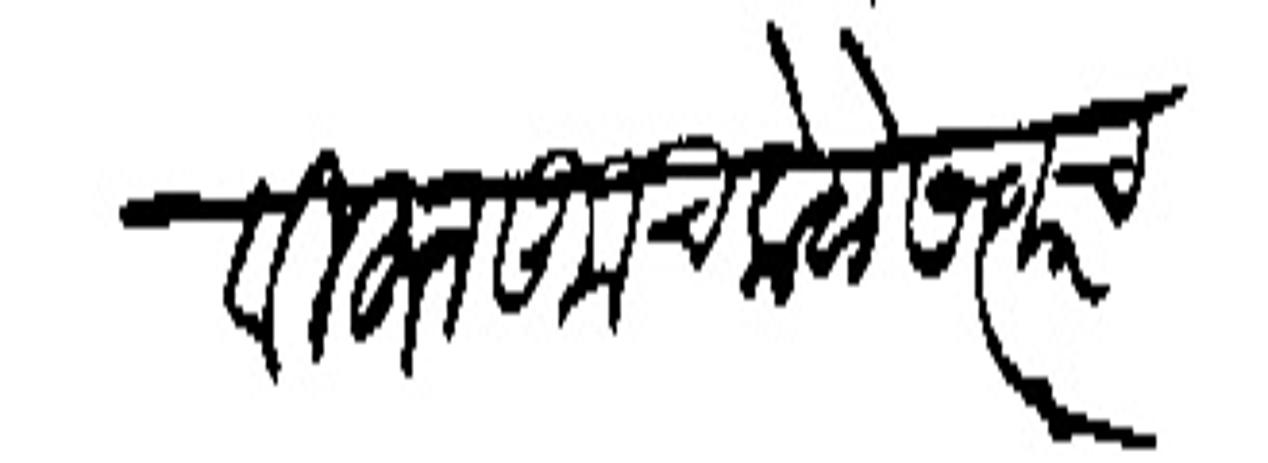
Transliteration (Devanagari): वाफगावीहून कूच केळे सत्वरच